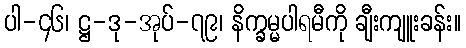
ပါ-၄၆၊ ဋ္ဌ-ဒု-အုပ်-၇၉၊ နိက္ခမ္မပါရမီကို ချီးကျူးခန်း။